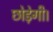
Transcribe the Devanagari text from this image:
छोड़ेगी।